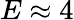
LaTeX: E\approx 4